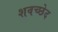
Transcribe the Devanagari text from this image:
शवच्छेद